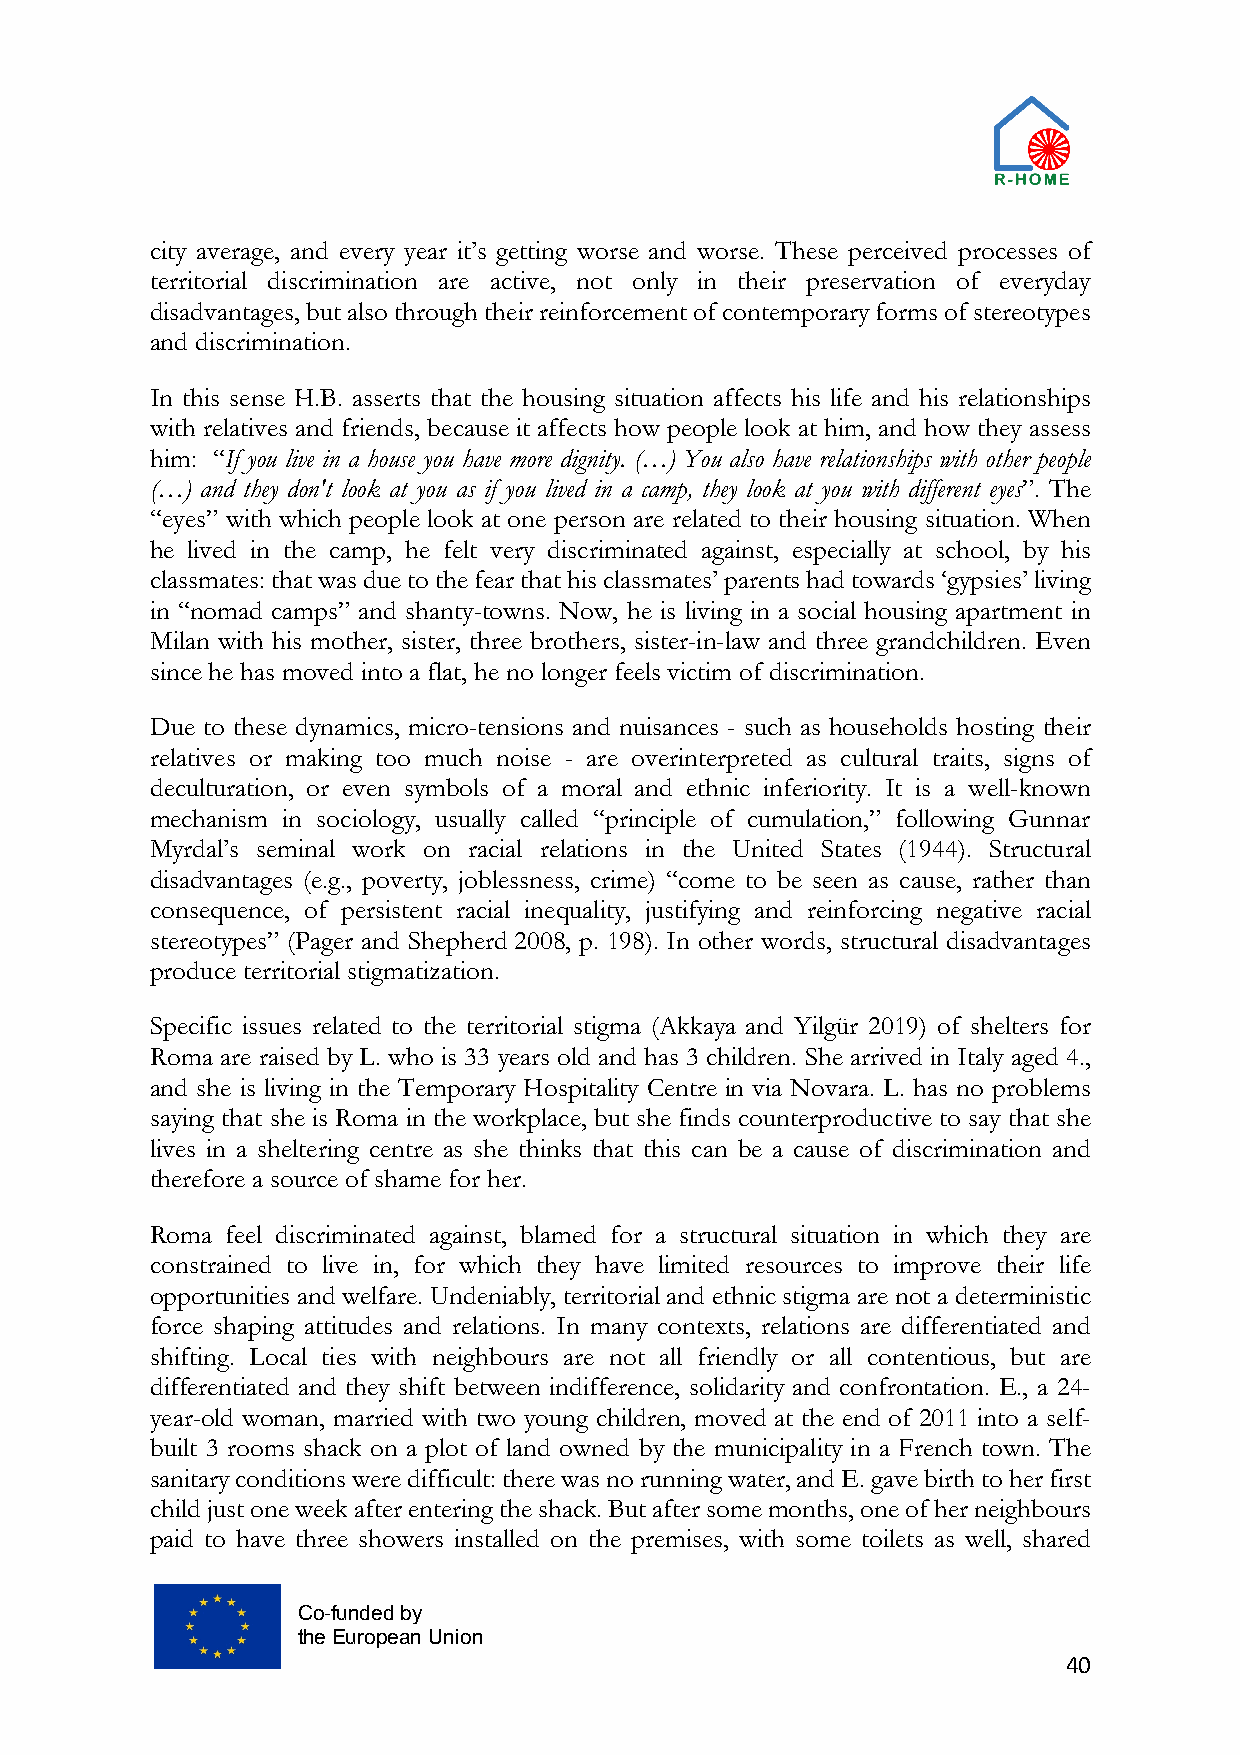
city average, and every year it’s getting worse and worse. These perceived processes of
 territorial discrimination are active, not only in their preservation of everyday
 disadvantages, but also through their reinforcement of contemporary forms of stereotypes
 and discrimination.
 In this sense H.B. asserts that the housing situation affects his life and his relationships
 with relatives and friends, because it affects how people look at him, and how they assess
 him: “If you live in a house you have more dignity. (…) You also have relationships with other people
 (…) and they don't look at you as if you lived in a camp, they look at you with different eyes”. The
 “eyes” with which people look at one person are related to their housing situation. When
 he lived in the camp, he felt very discriminated against, especially at school, by his
 classmates: that was due to the fear that his classmates’ parents had towards ‘gypsies’ living
 in “nomad camps” and shanty-towns. Now, he is living in a social housing apartment in
 Milan with his mother, sister, three brothers, sister-in-law and three grandchildren. Even
 since he has moved into a flat, he no longer feels victim of discrimination.
 Due to these dynamics, micro-tensions and nuisances - such as households hosting their
 relatives or making too much noise - are overinterpreted as cultural traits, signs of
 deculturation, or even symbols of a moral and ethnic inferiority. It is a well-known
 mechanism in sociology, usually called “principle of cumulation,” following Gunnar
 Myrdal’s seminal work on racial relations in the United States (1944). Structural
 disadvantages (e.g., poverty, joblessness, crime) “come to be seen as cause, rather than
 consequence, of persistent racial inequality, justifying and reinforcing negative racial
 stereotypes” (Pager and Shepherd 2008, p. 198). In other words, structural disadvantages
 produce territorial stigmatization.
 Specific issues related to the territorial stigma (Akkaya and Yilgür 2019) of shelters for
 Roma are raised by L. who is 33 years old and has 3 children. She arrived in Italy aged 4.,
 and she is living in the Temporary Hospitality Centre in via Novara. L. has no problems
 saying that she is Roma in the workplace, but she finds counterproductive to say that she
 lives in a sheltering centre as she thinks that this can be a cause of discrimination and
 therefore a source of shame for her.
 Roma feel discriminated against, blamed for a structural situation in which they are
 constrained to live in, for which they have limited resources to improve their life
 opportunities and welfare. Undeniably, territorial and ethnic stigma are not a deterministic
 force shaping attitudes and relations. In many contexts, relations are differentiated and
 shifting. Local ties with neighbours are not all friendly or all contentious, but are
 differentiated and they shift between indifference, solidarity and confrontation. E., a 24-
 year-old woman, married with two young children, moved at the end of 2011 into a self-
 built 3 rooms shack on a plot of land owned by the municipality in a French town. The
 sanitary conditions were difficult: there was no running water, and E. gave birth to her first
 child just one week after entering the shack. But after some months, one of her neighbours
 paid to have three showers installed on the premises, with some toilets as well, shared
 Co-funded by
 the European Union
 40